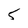
Character: 5